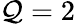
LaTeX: \mathcal{Q}=2